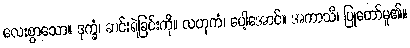
လေးစွာသော။ ဒုက္ခံ၊ ဆင်းရဲခြင်းကို။ လဟုကံ၊ ပေါ့အောင်။ အကာသိ၊ ပြုတော်မူ၏။